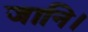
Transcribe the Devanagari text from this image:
जानि।